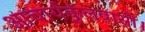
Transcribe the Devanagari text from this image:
आचार्यकुलवासी।